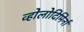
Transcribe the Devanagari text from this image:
व्होलोदिमिर्ना